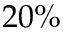
2 0 \%